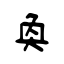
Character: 奐